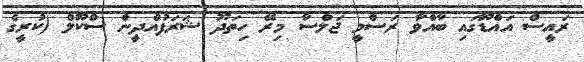
ރައީސް އައްޑޫގައި ބާއްވާ ރަސްމީ ޖަލްސާ މިރޭ ހިތަދޫ ޝަރަފުއްދީން ސްކޫލް (ކުރީގެ